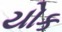
યોક